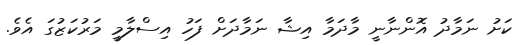
ކަށު ނަމާދު އޮންނާނީ މާދަމާ އިޝާ ނަމާދަށް ފަހު އިސްލާމީ މަރުކަޒުގަ އެވެ.